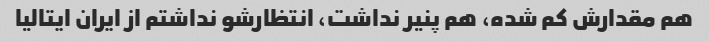
هم مقدارش کم شده، هم پنیر نداشت، انتظارشو نداشتم از ایران ایتالیا